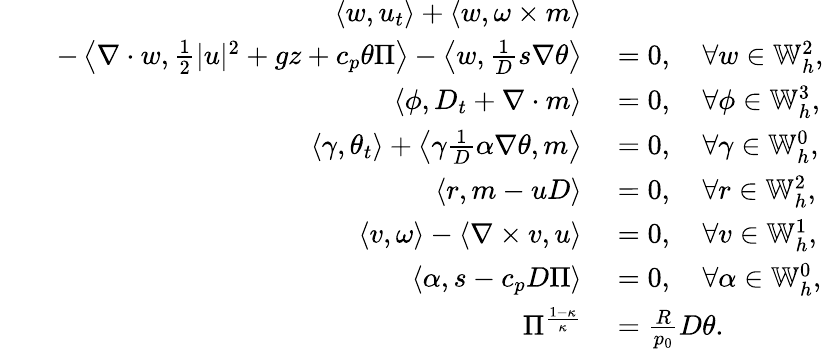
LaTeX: \begin{array}{rl}{\left\langle w,u_{t}\right\rangle+\left\langle w,\omega\times m\right\rangle}&{{}}\\ {\qquad-\left\langle\nabla\cdot w,\frac{1}{2}|u|^{2}+gz+c_{p}\theta\Pi\right\rangle-\left\langle w,\frac{1}{D}s\nabla\theta\right\rangle}&{{}=0,\quad\forall w\in\mathbb{W}_{h}^{2},}\\ {\left\langle\phi,D_{t}+\nabla\cdot m\right\rangle}&{{}=0,\quad\forall\phi\in\mathbb{W}_{h}^{3},}\\ {\left\langle\gamma,\theta_{t}\right\rangle+\left\langle\gamma\frac{1}{D}\alpha\nabla\theta,m\right\rangle}&{{}=0,\quad\forall\gamma\in\mathbb{W}_{h}^{0},}\\ {\left\langle r,m-uD\right\rangle}&{{}=0,\quad\forall r\in\mathbb{W}_{h}^{2},}\\ {\left\langle v,\omega\right\rangle-\left\langle\nabla\times v,u\right\rangle}&{{}=0,\quad\forall v\in\mathbb{W}_{h}^{1},}\\ {\left\langle\alpha,s-c_{p}D\Pi\right\rangle}&{{}=0,\quad\forall\alpha\in\mathbb{W}_{h}^{0},}\\ {\Pi^{\frac{1-\kappa}{\kappa}}}&{{}=\frac{R}{p_{0}}D\theta.}\end{array}